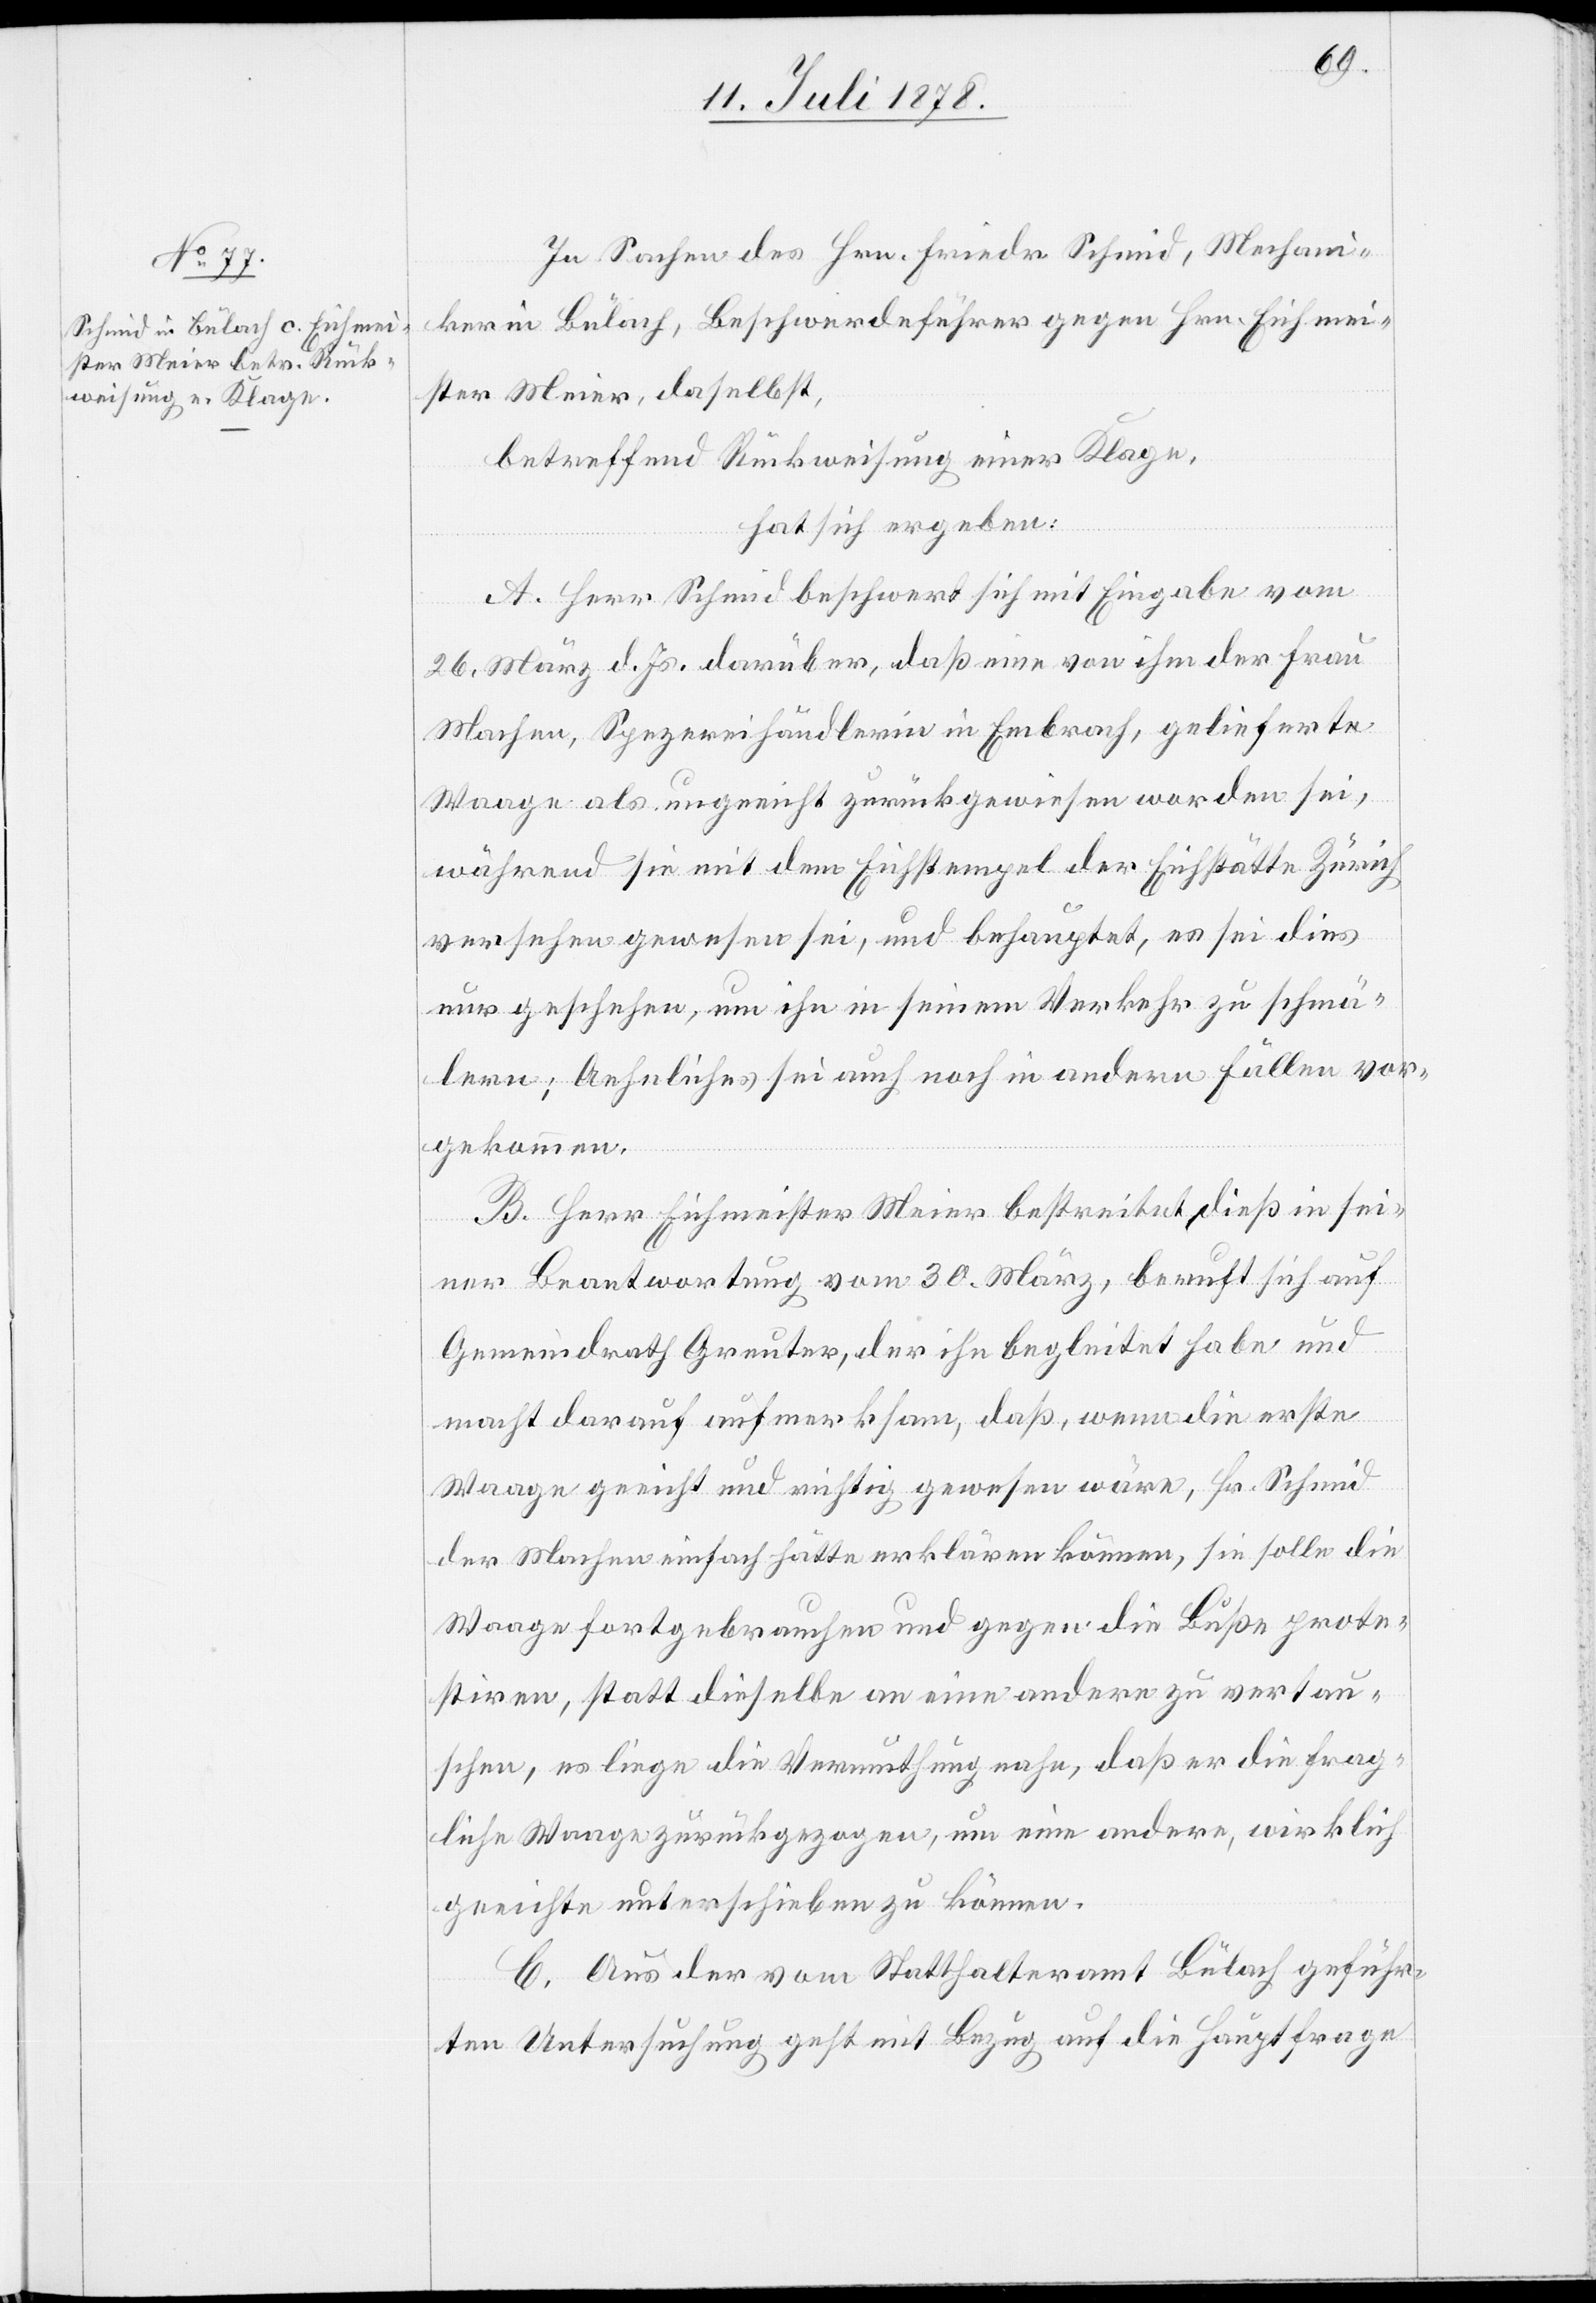
In Sachen des Hrn. Friedr. Schmid, Mechani¬
ker in Bülach, Beschwerdeführer gegen Hrn. Eichmei¬
ster Meier, daselbst,
betreffend Rückweisung einer Klage,
hat sich ergeben:
A. Herr Schmid beschwert sich mit Eingabe vom
26. März d. Js. darüber, daß eine von ihm der Frau
Machen, Spezereihändlerin in Embrach, gelieferte
Waage als ungeeicht zurückgewiesen worden sei,
während sie mit dem Eichstempel der Eichstätte Zürich
versehen gewesen sei, und behauptet, es sei dies
nur geschehen, um ihn in seinem Verkehr zu schmä¬
lern; Aehnliches sei auch noch in andern Fällen vor¬
gekommen.
B. Herr Eichmeister Meier bestreitet dieß in sei¬
ner Beantwortung vom 30. März, beruft sich auf
Gemeindrath Greuter, der ihn begleitet habe und
macht darauf aufmerksam, daß, wenn die erste
Waage geeicht und richtig gewesen wäre, Hr. Schmid
der Machen einfach hätte erklären können, sie solle die
Waage fortgebrauchen und gegen die Buße prote¬
stiren, statt dieselbe an eine andere zu vertau¬
schen, es liege die Vermuthung nahe, daß er die frag¬
liche Waage zurückgezogen, um eine andere, wirklich
geeichte unterschieben zu können.
C. Aus der vom Statthalteramt Bülach geführ¬
ten Untersuchung geht mit Bezug auf die Hauptfrage